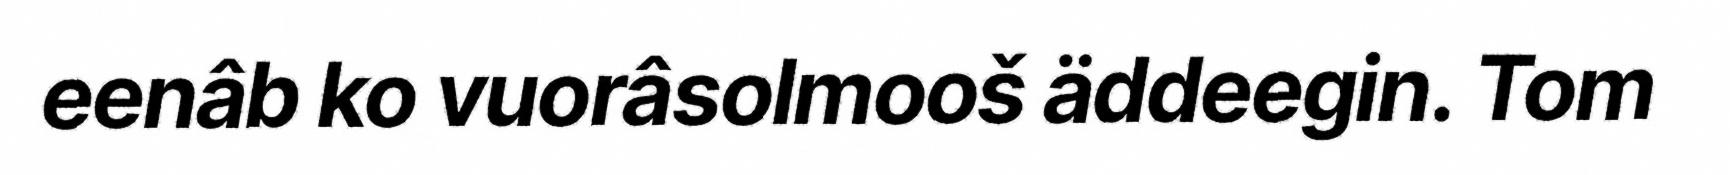
eenâb ko vuorâsolmooš äddeegin. Tom